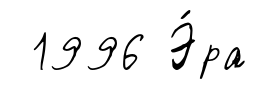
1996 Э́ра